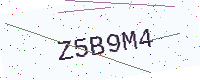
Text: Z5B9M4